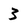
Character: 3